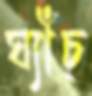
ঘ্যাঁচ্